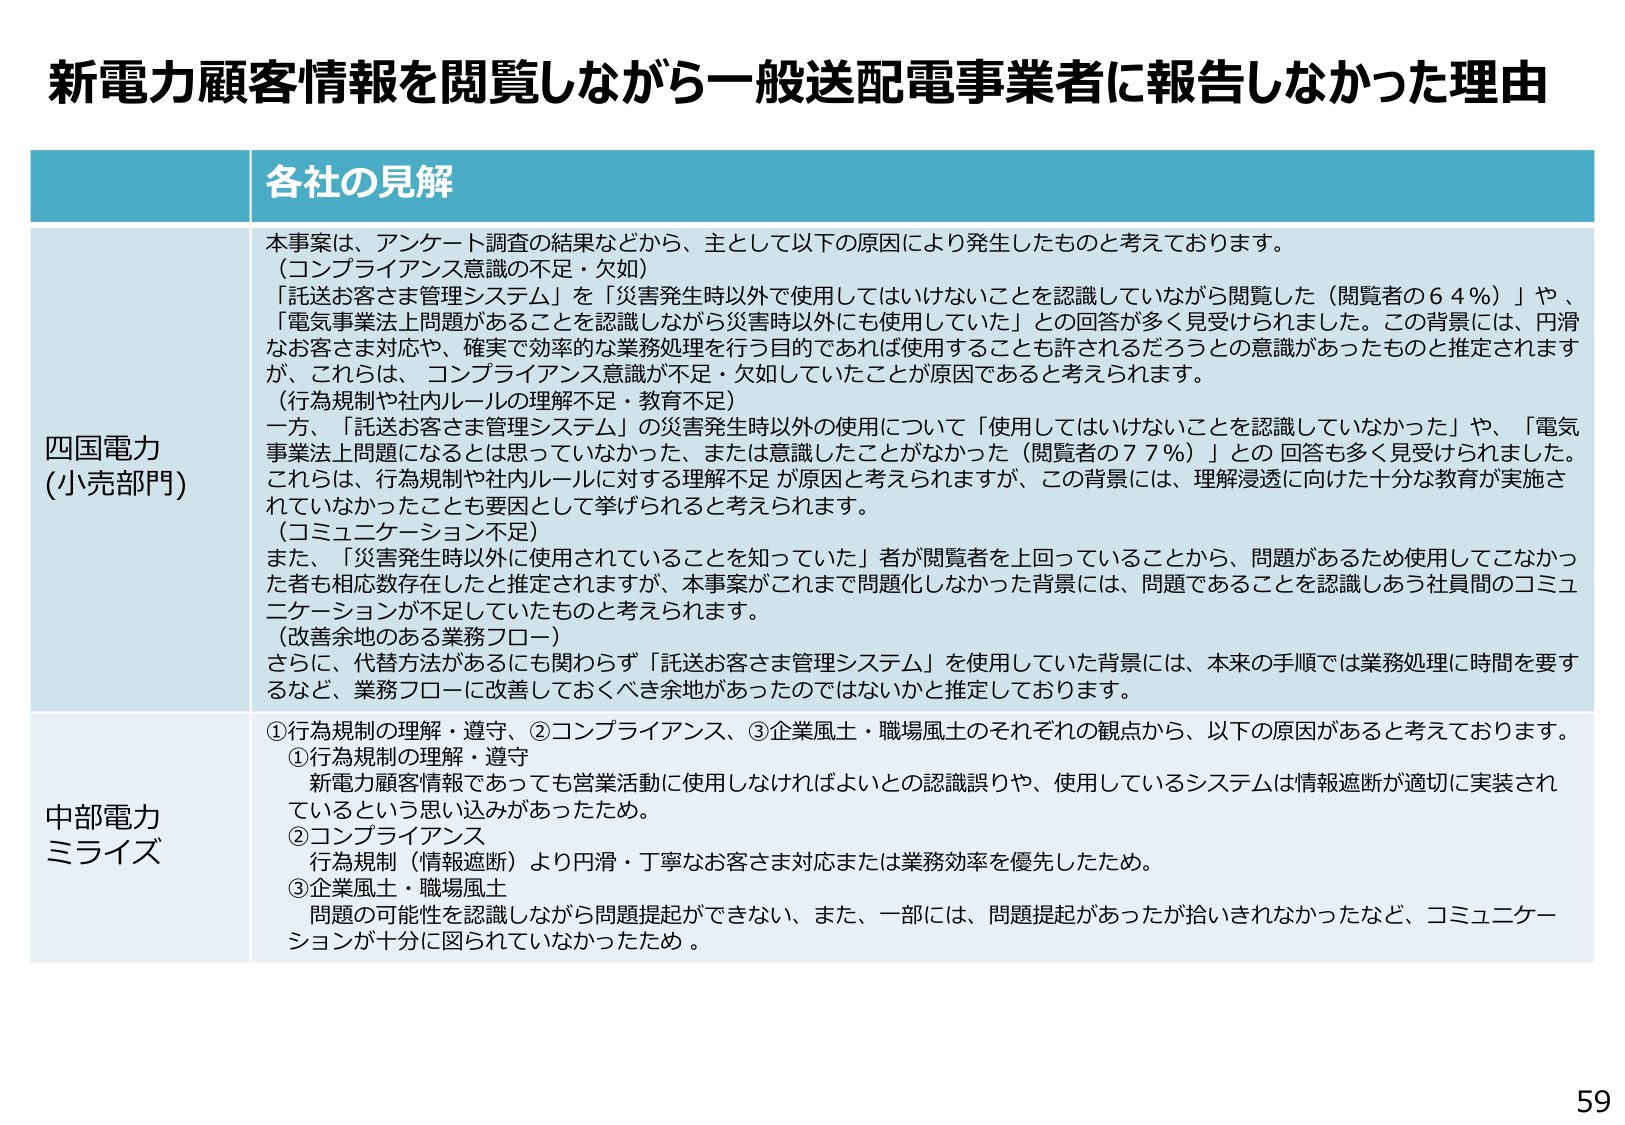
新電力顧客情報を閲覧しながら一般送配電事業者に報告しなかった理由

各社の見解

四国電力
(小売部門)

本事案は、アンケート調査の結果などから、主として以下の原因により発生したものと考えております。
（コンプライアンス意識の不足・欠如）
「託送お客さま管理システム」を「災害発生時以外で使用してはいけないことを認識していながら閲覧した（閲覧者の６４％）」や、
「電気事業法上問題があることを認識しながら災害時以外にも使用していた」との回答が多く見受けられました。この背景には、円滑
なお客さま対応や、確実で効率的な業務処理を行う目的であれば使用することも許されるだろうとの意識があったものと推定されます
が、これらは、コンプライアンス意識が不足・欠如していたことが原因であると考えられます。
（行為規制や社内ルールの理解不足・教育不足）
一方、「託送お客さま管理システム」の災害発生時以外の使用について「使用してはいけないことを認識していなかった」や、「電気
事業法上問題になるとは思っていなかった、または意識したことがなかった（閲覧者の７７％）」との回答も多く見受けられました。
これらは、行為規制や社内ルールに対する理解不足が原因と考えられますが、この背景には、理解浸透に向けた十分な教育が実施さ
れていなかったことも要因として挙げられると考えられます。
（コミュニケーション不足）
また、「災害発生時以外に使用されていることを知っていた」者が閲覧者を上回っていることから、問題があるため使用してこなかっ
た者も相応数存在したと推定されますが、本事案がこれまで問題化しなかった背景には、問題であることを認識しあう社員間のコミュ
ニケーションが不足していたものと考えられます。
（改善余地のある業務フロー）
さらに、代替方法があるにも関わらず「託送お客さま管理システム」を使用していた背景には、本来の手順では業務処理に時間を要す
るなど、業務フローに改善しておくべき余地があったのではないかと推定しております。

中部電力
ミライズ

①行為規制の理解・遵守、②コンプライアンス、③企業風土・職場風土のそれぞれの観点から、以下の原因があると考えております。
①行為規制の理解・遵守
新電力顧客情報であっても営業活動に使用しなければよいとの認識誤りや、使用しているシステムは情報遮断が適切に実装され
ているという思い込みがあったため。
②コンプライアンス
行為規制（情報遮断）より円滑・丁寧なお客さま対応または業務効率を優先したため。
③企業風土・職場風土
問題の可能性を認識しながら問題提起ができない、また、一部には、問題提起があったが拾いきれなかったなど、コミュニケー
ションが十分に図られていなかったため。

59